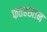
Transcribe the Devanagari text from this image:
फतहखान